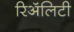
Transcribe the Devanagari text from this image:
रिॲलिटी